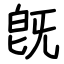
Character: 旣